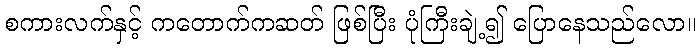
စကားလက်နှင့် ကတောက်ကဆတ် ဖြစ်ပြီး ပုံကြီးချဲ့၍ ပြောနေသည်လော။